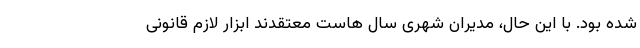
شده بود. با این حال، مدیران شهری سال هاست معتقدند ابزار لازم قانونی